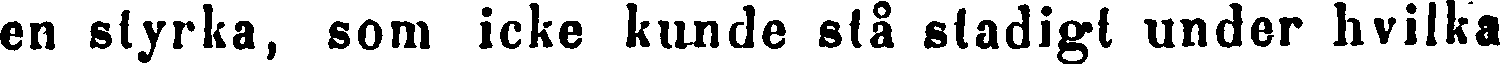
en styrka, som icke kunde stå stadigt under hvilka